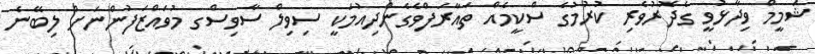
ޝަމީމް ވިދާޅުވީ ގެދޮރުވެރި ކުރުމުގެ ސްކީމެއް ތައާރަފްވެގެންދިއުމަކީ ސިވިލް ސާވިސްގ މުވައްޒަފުންނަށް ލިބޭނެ